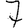
Digit: 7